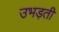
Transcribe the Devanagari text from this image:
उभड़ती